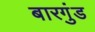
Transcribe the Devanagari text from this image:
बारगुंड